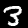
Label: 3